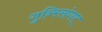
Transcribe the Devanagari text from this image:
गुन्स्लिंगर